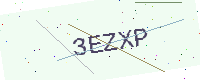
Text: 3EZXP